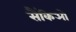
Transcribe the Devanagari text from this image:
सैंकिओ